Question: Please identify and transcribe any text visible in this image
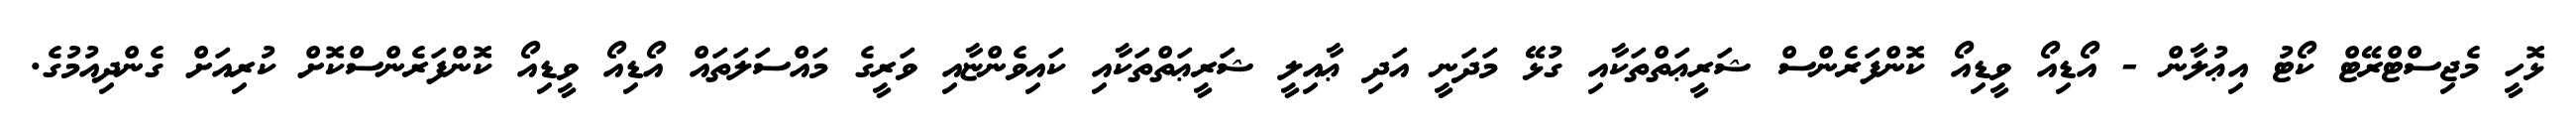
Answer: ޅޮހީ މެޖިސްޓްރޭޓް ކޯޓު އިޢުލާން - އޯޑިއޯ ވީޑިއޯ ކޮންފަރެންސް ޝަރީޢަތްތަކާއި ގުޅޭ މަދަނީ އަދި ޢާއިލީ ޝަރީޢަތްތަކާއި ކައިވެންޏާއި ވަރީގެ މައްސަލަތައް އޯޑިއޯ ވީޑިއޯ ކޮންފަރެންސްކޮށް ކުރިއަށް ގެންދިއުމުގެ.